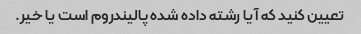
تعیین کنید که آیا رشته داده شده پالیندروم است یا خیر.